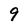
Character: 9